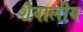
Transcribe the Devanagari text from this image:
शैवालीय